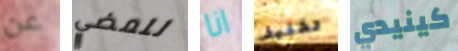
عن للمضي انا تخفيف كينيدي